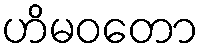
ဟိမဝတော